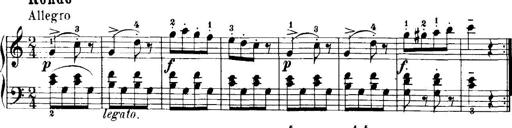
Title: 7 Sonatinas
Composer: Anton Diabelli